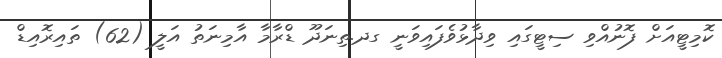
ކޮމިޓީއަށް ފޮނުއްވި ސިޓީގައި ވިދާޅުވެފައިވަނީ ގދ.ތިނަދޫ ޑްރާމާ އާމިނަތު އަލީ (62) ތައިރޮއިޑް